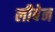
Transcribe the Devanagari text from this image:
लीबेन